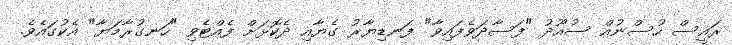
ރައީސް ހުސްނުއް ސުއޫދު "ފަސާދަވެފައިވާ" ފަނޑިޔާރު ގެޔާއި ދެކޮޅަށް ފެއްޓެވި "ހަނގުރާމަޔާ" އެކުގައެވެ.